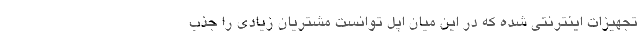
تجهیزات اینترنتی شده که در این میان اپل توانست مشتریان زیادی را جذب